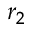
r _ { 2 }